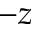
- z